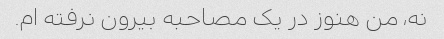
نه، من هنوز در یک مصاحبه بیرون نرفته ام.